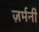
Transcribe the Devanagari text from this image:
ज़र्मनी